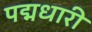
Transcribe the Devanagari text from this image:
पद्मधारी